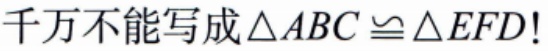
千万不能写成$\triangle ABC\cong\triangle EFD!$